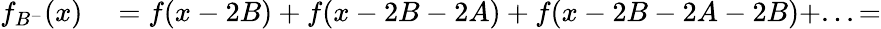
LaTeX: \begin{array}{rl}{f_{B^{-}}(x)}&{{}=f(x-2B)+f(x-2B-2A)+f(x-2B-2A-2B)+...=}\end{array}